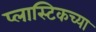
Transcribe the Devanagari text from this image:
प्लास्टिकच्या